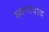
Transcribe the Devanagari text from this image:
स्वप्नवाद